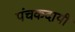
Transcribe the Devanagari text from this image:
पंचकदायी